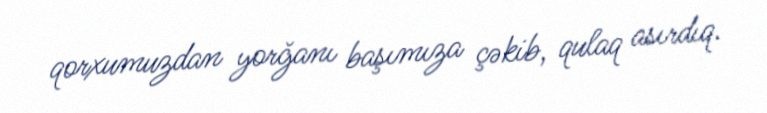
qorxumuzdan yorğanı başımıza çəkib, qulaq asırdıq.